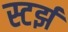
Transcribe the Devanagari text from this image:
स्टर्झ